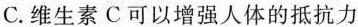
C.维生素C可以增强人体的抵抗力